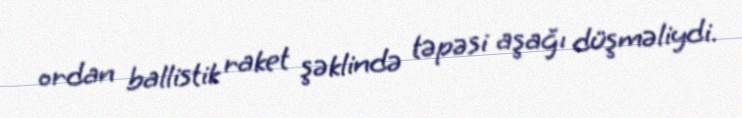
ordan ballistik raket şəklində təpəsi aşağı düşməliydi.